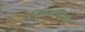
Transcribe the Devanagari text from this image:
निळसरपणा